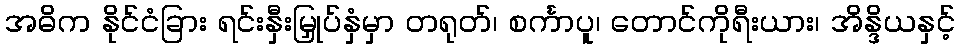
အဓိက နိုင်ငံခြား ရင်းနှီးမြှုပ်နှံမှာ တရုတ်၊ စင်္ကာပူ၊ တောင်ကိုရီးယား၊ အိန္ဒိယနှင့်